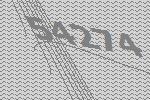
54274